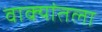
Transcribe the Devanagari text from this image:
वाक्यांतला